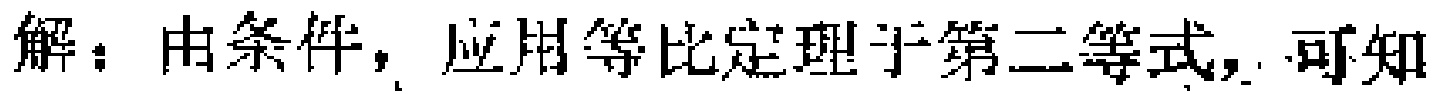
解：由条件，应用等比定理于第二等式，可知